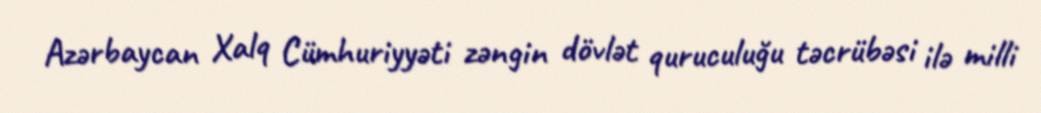
Azərbaycan Xalq Cümhuriyyəti zəngin dövlət quruculuğu təcrübəsi ilə milli